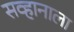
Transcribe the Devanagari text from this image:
सव्हानाला